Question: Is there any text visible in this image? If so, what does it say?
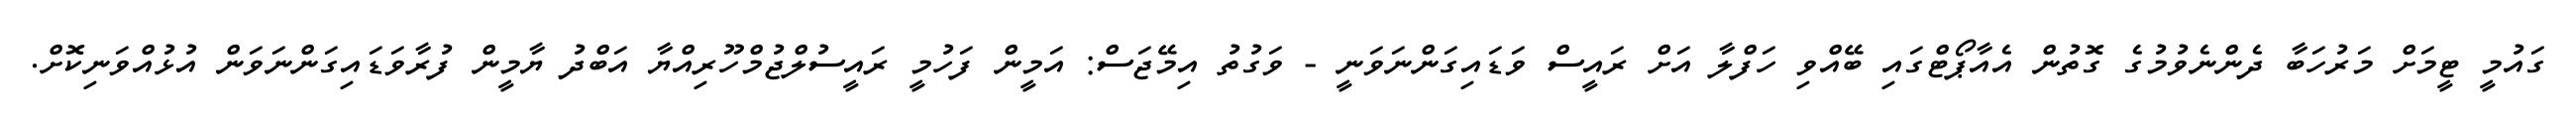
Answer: ގައުމީ ޓީމަށް މަރުހަބާ ދެންނެވުމުގެ ގޮތުން އެއާޕޯޓްގައި ބޭއްވި ހަފްލާ އަށް ރައީސް ވަޑައިގަންނަވަނީ - ވަގުތު އިމޭޖަސް: އަމީން ފަހުމީ ރައީސުލްޖުމްހޫރިއްޔާ އަބްދު ޔާމީން ފުރާވަޑައިގަންނަވަން އުޅުއްވަނިކޮށް.